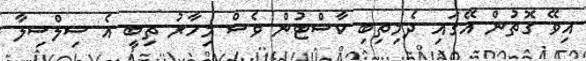
އިވޭ ގޮތުން އޭގައި ދެމިތިބި ކާސްޓުން ވެސް މިހާރު ތިބީ އެ ސިލްސިލާ